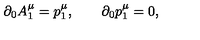
\partial _ { 0 } A _ { 1 } ^ { \mu } = p _ { 1 } ^ { \mu } , \qquad \partial _ { 0 } p _ { 1 } ^ { \mu } = 0 ,